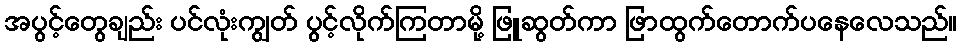
အပွင့်တွေချည်း ပင်လုံးကျွတ် ပွင့်လိုက်ကြတာမို့ ဖြူဆွတ်ကာ ဖြာထွက်တောက်ပနေလေသည်။